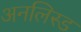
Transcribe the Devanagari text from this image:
अनलिस्ड